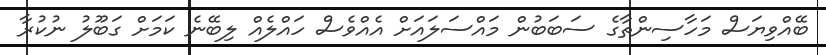
ބޭއްވިޔަސް މަހާސިންތާގެ ސަބަބުން މައްސަލައަށް އެއްވެސް ހައްލެއް ލިބޭނެ ކަމަށް ގަބޫލު ނުކުރާ